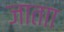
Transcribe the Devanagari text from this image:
जाताा